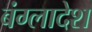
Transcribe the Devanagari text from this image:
बंग्‍लादेश